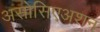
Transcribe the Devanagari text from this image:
असोसिएअशन